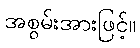
အစွမ်းအားဖြင့်။